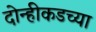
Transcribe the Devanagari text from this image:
दोन्हीकडच्या